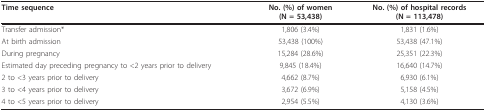
| Time sequence | No. (%) of women(N = 53,438) | No. (%) of hospital records(N = 113,478) |
 | --- | --- | --- |
 | Transfer admission* | 1,806 (3.4%) | 1,831 (1.6%) |
 | At birth admission | 53,438 (100%) | 53,438 (47.1%) |
 | During pregnancy | 15,284 (28.6%) | 25,351 (22.3%) |
 | Estimated day preceding pregnancy to <2 years prior to delivery | 9,845 (18.4%) | 16,640 (14.7%) |
 | 2 to <3 years prior to delivery | 4,662 (8.7%) | 6,930 (6.1%) |
 | 3 to <4 years prior to delivery | 3,672 (6.9%) | 5,158 (4.5%) |
 | 4 to <5 years prior to delivery | 2,954 (5.5%) | 4,130 (3.6%) |